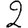
Digit: 2